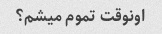
اونوقت تموم میشم؟